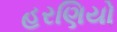
હરણિયો